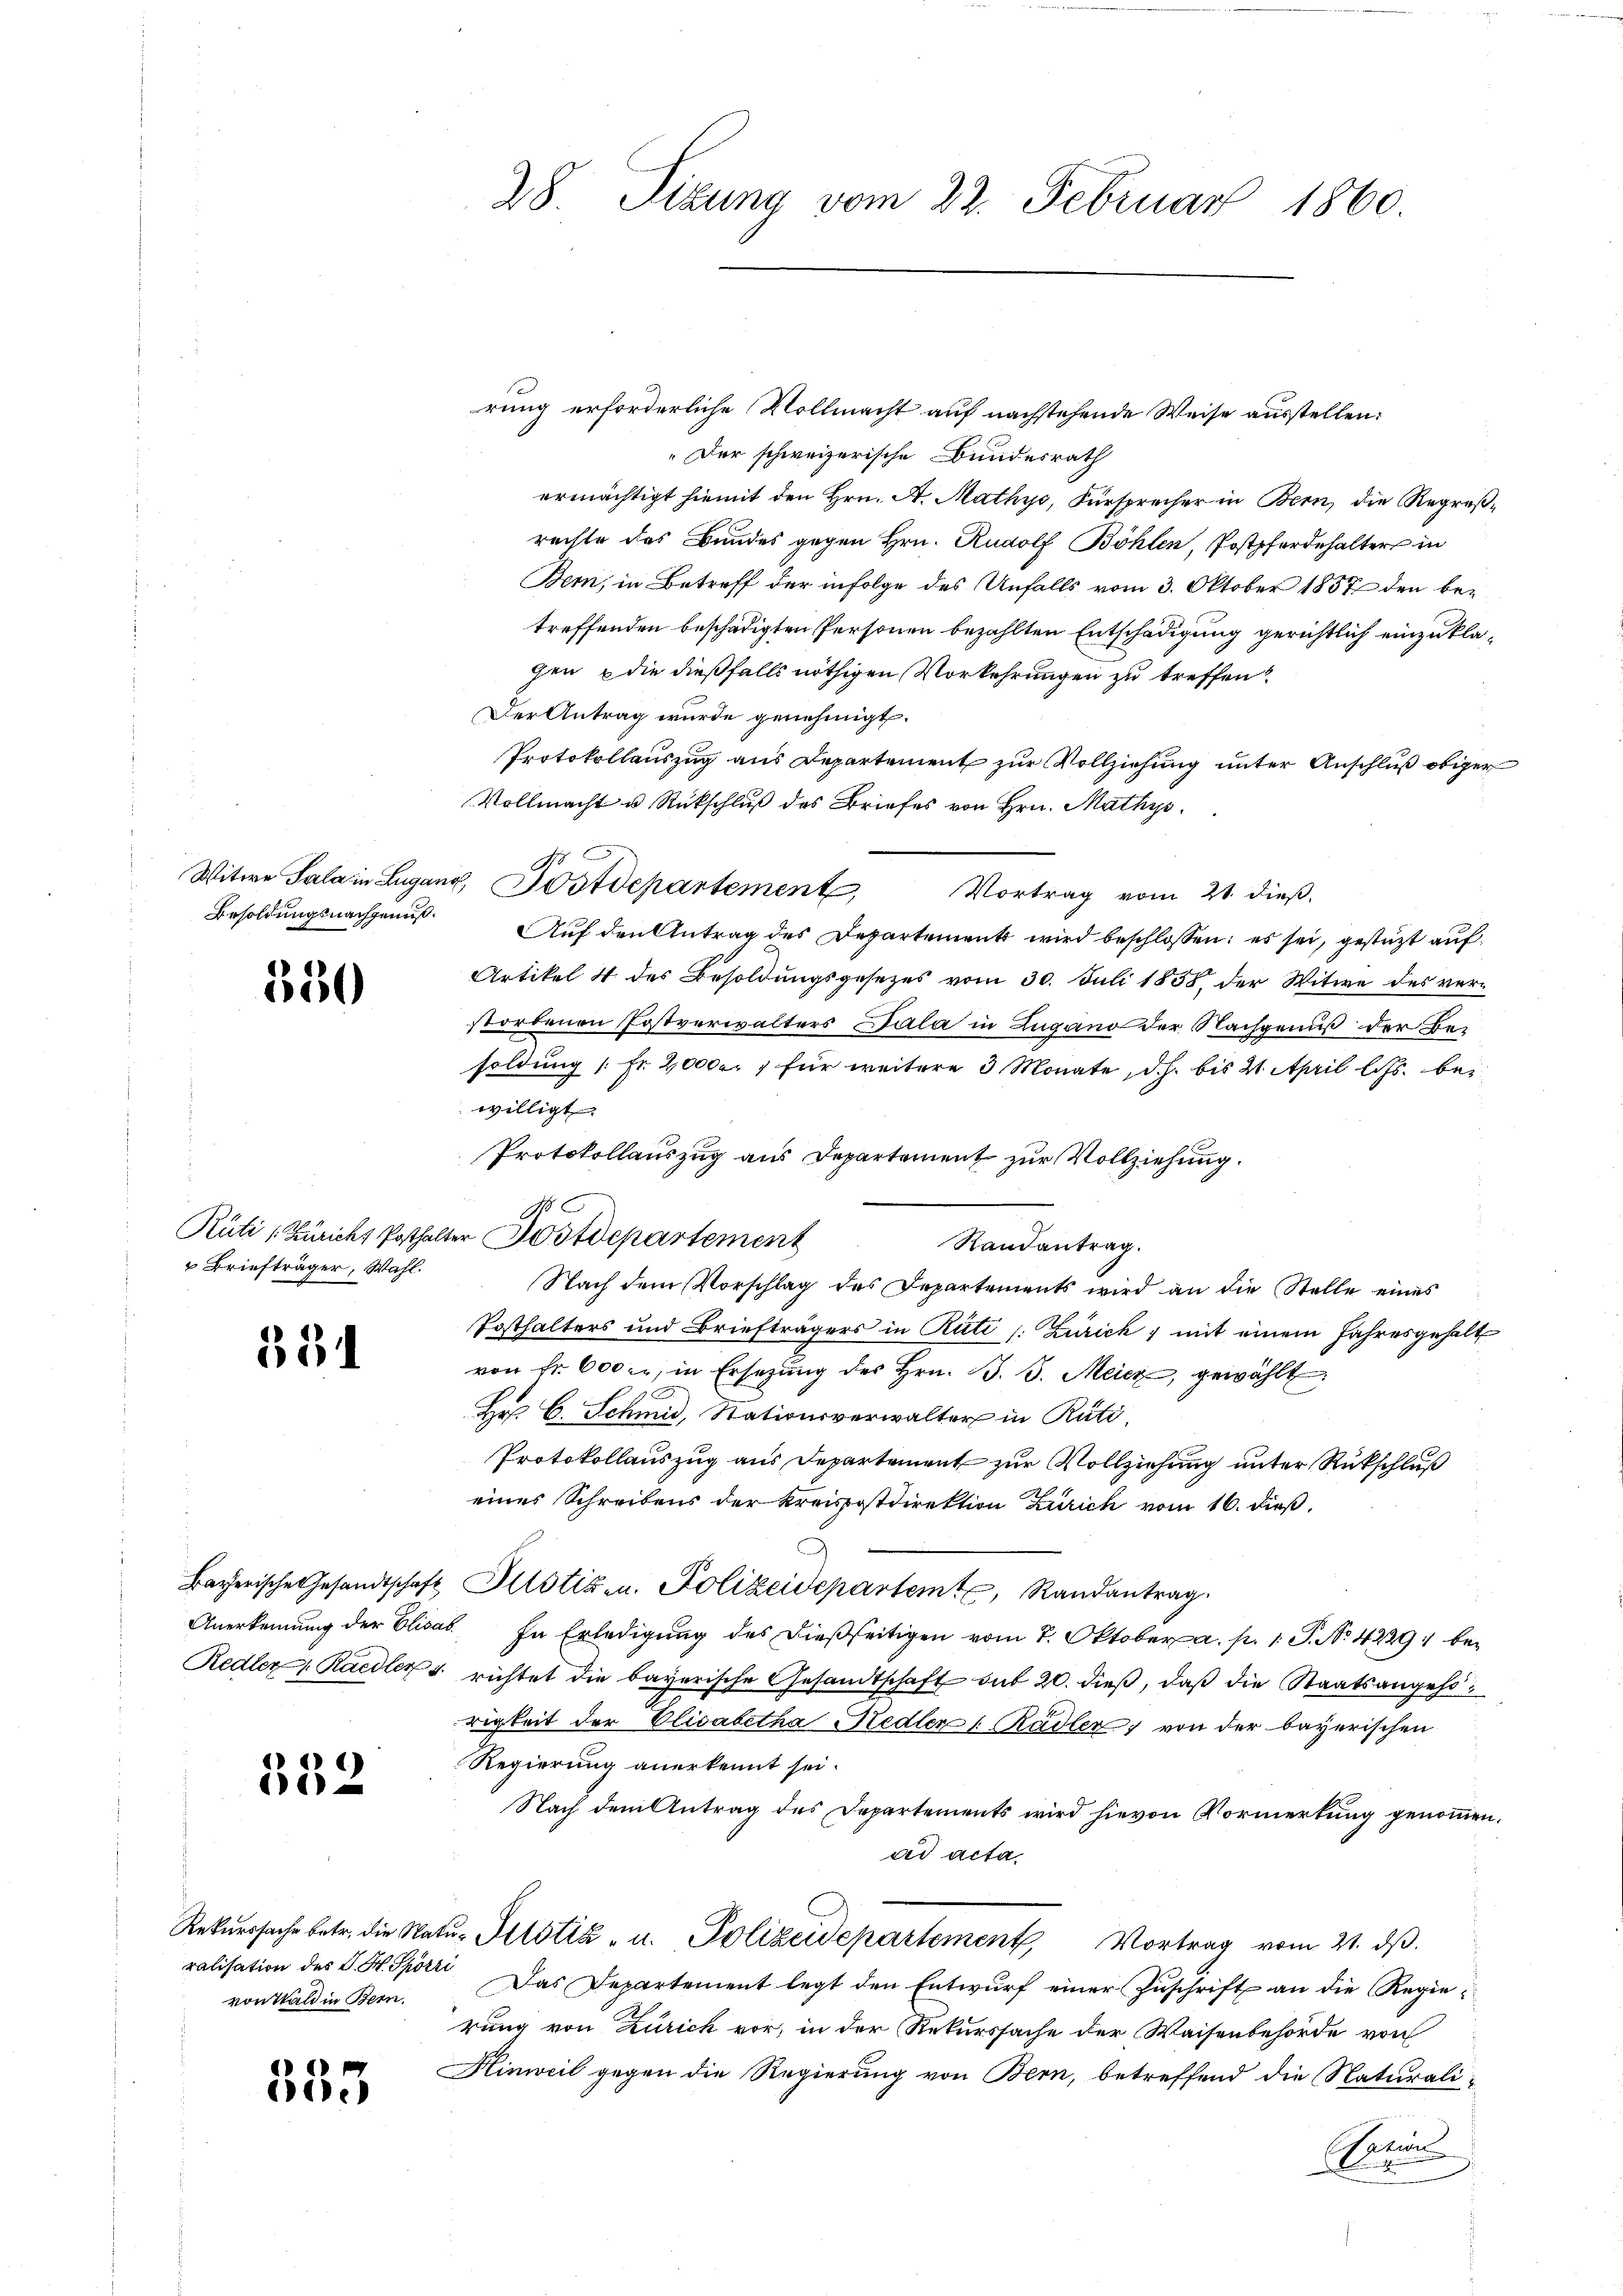
Besoldungsnachgenuß.

550

Briefträger, Wahl.

334

332

von Wald in Bern.

335

28. Sizung vom 22. Februar 1860.

rung erforderliche Vollmacht auf nachstehende Weise ausstellen:
„Der schweizerische Bundesrath
ermächtigt hiemit den Hrn. A. Mathys, Fürsprecher in Bern, die Regreßrechte des Bundes gegen Hrn. Rudolf Böhlen, Postpferdehalter in
Bem, in Betreff der infolge des Unfalls vom 3. Oktober 1857 den betreffenden beschädigten Personen bezahlten Entschädigung gerichtlich einzuklagen, die dießfalls nöthigen Vorkehrungen zu treffen
Der Antrag wurde genehmigt.
Protokollauszug aus Departement zur Vollziehung unter Anschluß obiger
Vollmacht u. Rückschluß des Briefes von Hrn. Mathys
Vortrag vom 21. dieß.
Auf den Antrag des Departement wird beschlossen; es sei, gestützt auf
Artikel 4 des Besoldungsgesezes vom 30. Juli 1858 der Witwe des verstorbenen Postverwalters Dala in Zugano der Nachgenuß der Be-
soldung /: Fr. 20000. 7 für weitere 3 Monate, d.h. bis 2. April l. Js. bei
willigt.
Protokollauszug aus Departement zur Vollziehung.
Randantrag.
Nach dem Vorschlag des Departements wird an die Stelle eines
Posthalters und Briefträgers in Rüti s. Zurick, mit einem Jahresgehalt
von fr. 600 l., in Ersetzŭng des Hrn. B. J. Meicz, gewählt,
Hr. C. Schmid, Stationsverwalter in Räti
Protokollauszug aus Departement zur Vollziehung unter Rückschluß
eines Schreibens der Kreispostdirektion Zürich vom 16. dieß.
Bayerische Gesandtschaft Altstiz- u. Polizeidepartemt, Randantrag.
Anerkennung der Elisab. In Erledigung des dießseitigen vom 7. Oktober a. p. 1. P. No 42291 be¬
Redler, Raedler u. richtet die bayerische Gesandtschaft sub 20. dieß, daß die Staatsangehörigkeit der Elisabetha Hedler Rädler von der bayerischen
Regierung anerkennt sei.
Nach dem Antrag des Departements wird hievon Vormerkung genommen.
ad acta
Rekurssache betr. die Natŭ- Petitia - u. Polizeidepartement, Vortrag vom 21. dβ.
ralisation des J. H. Spörri Das Departement legt den Entwŭrf einer Zŭschrift an die Regierung von Zürich vor, in der Rekurssache der Waisenbehörde von
Hinweil gegen die Regierung von Bern, betreffend die Naturali-
r

Witwe Sala in Lugano, Postdepartement

d
Rüti (Züricht Posthalter Postdepartement